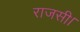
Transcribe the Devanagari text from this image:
राजसी।